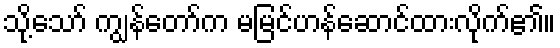
သို့သော် ကျွန်တော်က မမြင်ဟန်ဆောင်ထားလိုက်၏။